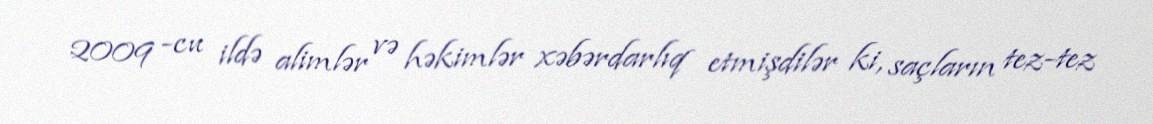
2009 -cu ildə alimlər və həkimlər xəbərdarlıq etmişdilər ki, saçların tez-tez